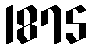
1875